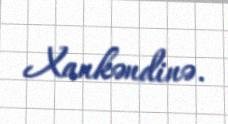
Xankəndinə.